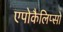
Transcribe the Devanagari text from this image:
एपोकैलिप्सो